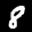
Label: 8